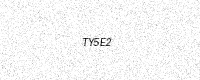
Text: TY5E2